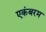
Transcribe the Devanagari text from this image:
एकंबरम